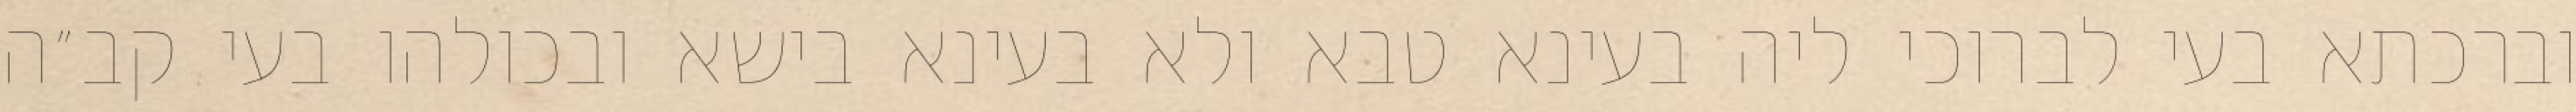
וברכתא בעי לברוכי ליה בעינא טבא ולא בעינא בישא ובכולהו בעי קב״ה